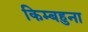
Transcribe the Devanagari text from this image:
किम्बहुना